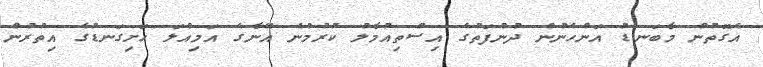
އެގޮތުން މާބަނޑު އަންހެނުން ދުންފަތުގެ އިސްތިއުމާލު ކުރުމުނެ އޭނާގެ އަމިއްލަ ހަށިގަނޑުގެ އިތުރުން